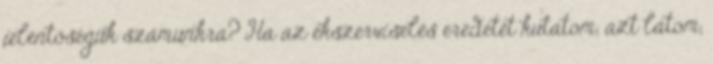
jelentőségük számunkra? Ha az ékszerviselés eredetét kutatom, azt látom,